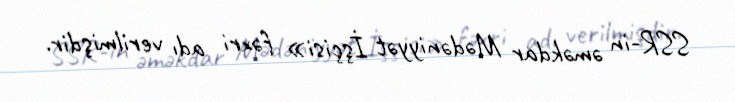
SSR-in əməkdar Mədəniyyət İşçisi» fəxri adı verilmişdir.